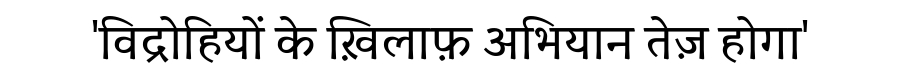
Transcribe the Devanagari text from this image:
'विद्रोहियों के ख़िलाफ़ अभियान तेज़ होगा'